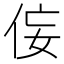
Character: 侫